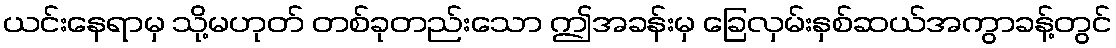
ယင်းနေရာမှ သို့မဟုတ် တစ်ခုတည်းသော ဤအခန်းမှ ခြေလှမ်းနှစ်ဆယ်အကွာခန့်တွင်